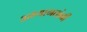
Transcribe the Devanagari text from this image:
अभ्यागतांनी